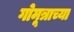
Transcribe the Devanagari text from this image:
गोमूत्राच्या